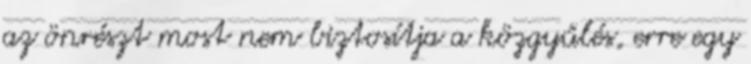
az önrészt most nem biztosítja a közgyűlés, erre egy